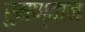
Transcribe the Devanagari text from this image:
रुमण्वान